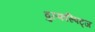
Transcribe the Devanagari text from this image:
वुल्फस्पिट्ज